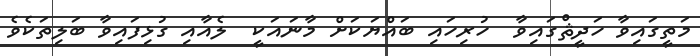
މަތީގައިވާ ހަދީޘްގައިވާ  ހުރިހައި ބައްޔަކަށް މާނައަކީ  ލެއާއި ގުޅިފައިވާ ބަލިތަކެވެ